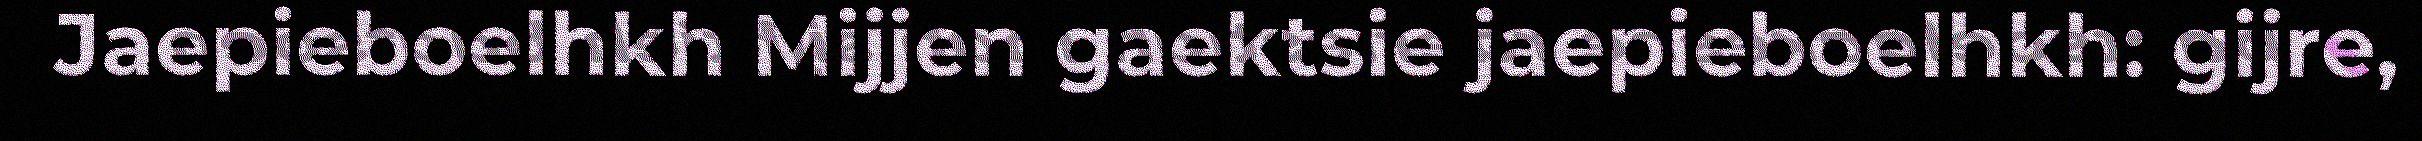
Jaepieboelhkh Mijjen gaektsie jaepieboelhkh: gijre,